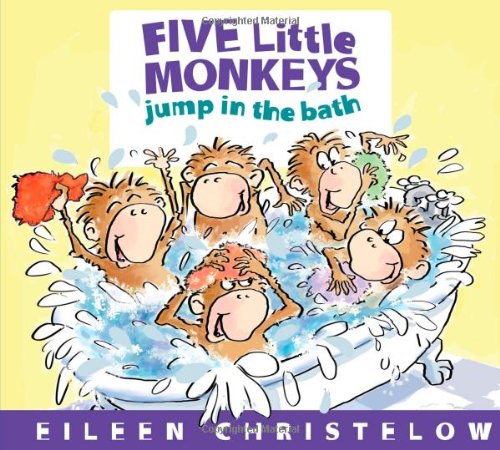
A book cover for Five Little Monkeys Jump in the Bath (A Five Little Monkeys Story); Eileen Christelow; Children's Books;